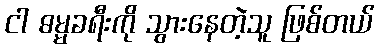
ငါ ဓမ္မခရီးကို သွားနေတဲ့သူ ဖြစ်တယ်